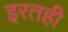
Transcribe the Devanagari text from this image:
इरतही